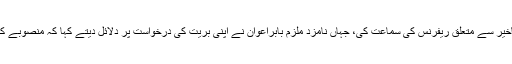
تفصیلات کے مطابق احتساب عدالت کے جج ارشد ملک نے نندی پورپاور پراجیکٹ میں تاخیر سے متعلق ریفرنس کی سماعت کی، جہاں نامزد ملزم بابراعوان نے اپنی بریت کی درخواست پر دلائل دیتے کہا کہ منصوبے کی منظوری کے لئے وزارت قانون کو بھیجی گئی دو سمریوں کے وقت وہ وزیرنہیں تھے۔